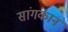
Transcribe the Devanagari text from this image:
सांगकान